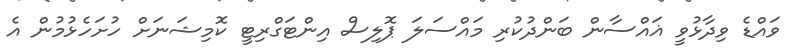
ވައްޑެ ވިދާޅުވީ ޣައްސާން ބަންދުކުރި މައްސަލަ ޕޮލިސް އިންޓަގްރިޓީ ކޮމިޝަނަށް ހުށަހެޅުމުން އެ